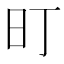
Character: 𭥌